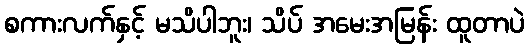
စကားလက်နှင့် မသိပါဘူး၊ သိပ် အမေးအမြန်း ထူတာပဲ